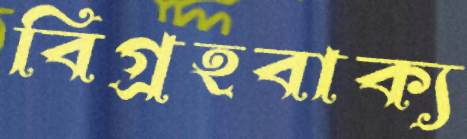
বিগ্রহবাক্য